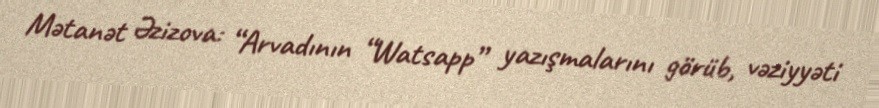
Mətanət Əzizova: “Arvadının “Watsapp” yazışmalarını görüb, vəziyyəti